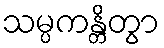
သမ္ပကန္တိတွာ